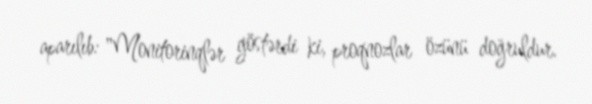
aparılıb: "Monitorinqlər göstərdi ki, proqnozlar özünü doğruldur.